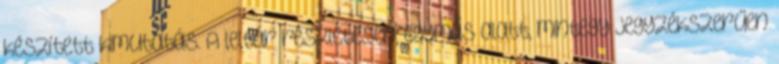
készített kimutatás. A leltár részletesen, egymás alatt, mintegy jegyzékszerűen